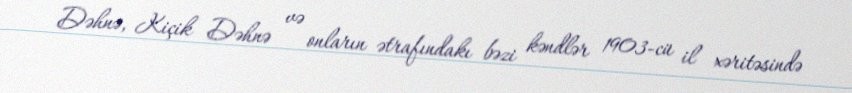
Dəhnə, Kiçik Dəhnə və onların ətrafındakı bəzi kəndlər 1903-cü il xəritəsində